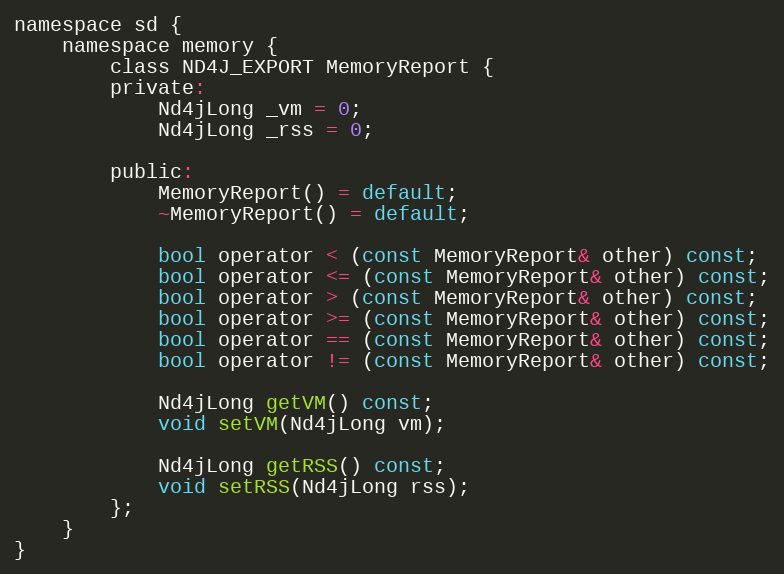
Language: C
namespace sd {
    namespace memory {
        class ND4J_EXPORT MemoryReport {
        private:
            Nd4jLong _vm = 0;
            Nd4jLong _rss = 0;

        public:
            MemoryReport() = default;
            ~MemoryReport() = default;

            bool operator < (const MemoryReport& other) const;
            bool operator <= (const MemoryReport& other) const;
            bool operator > (const MemoryReport& other) const;
            bool operator >= (const MemoryReport& other) const;
            bool operator == (const MemoryReport& other) const;
            bool operator != (const MemoryReport& other) const;

            Nd4jLong getVM() const;
            void setVM(Nd4jLong vm);

            Nd4jLong getRSS() const;
            void setRSS(Nd4jLong rss);
        };
    }
}